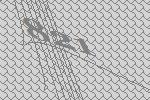
821